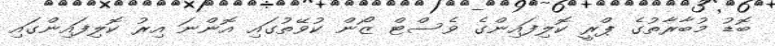
ބޮޑު މުބާރާތުގެ ޕްރީ ކޮލިފައިންގެ ވެސްޓް ޒޯން ކުވޭތުގައި އޮންނަ އިރު ކޮލިފައިންގައި